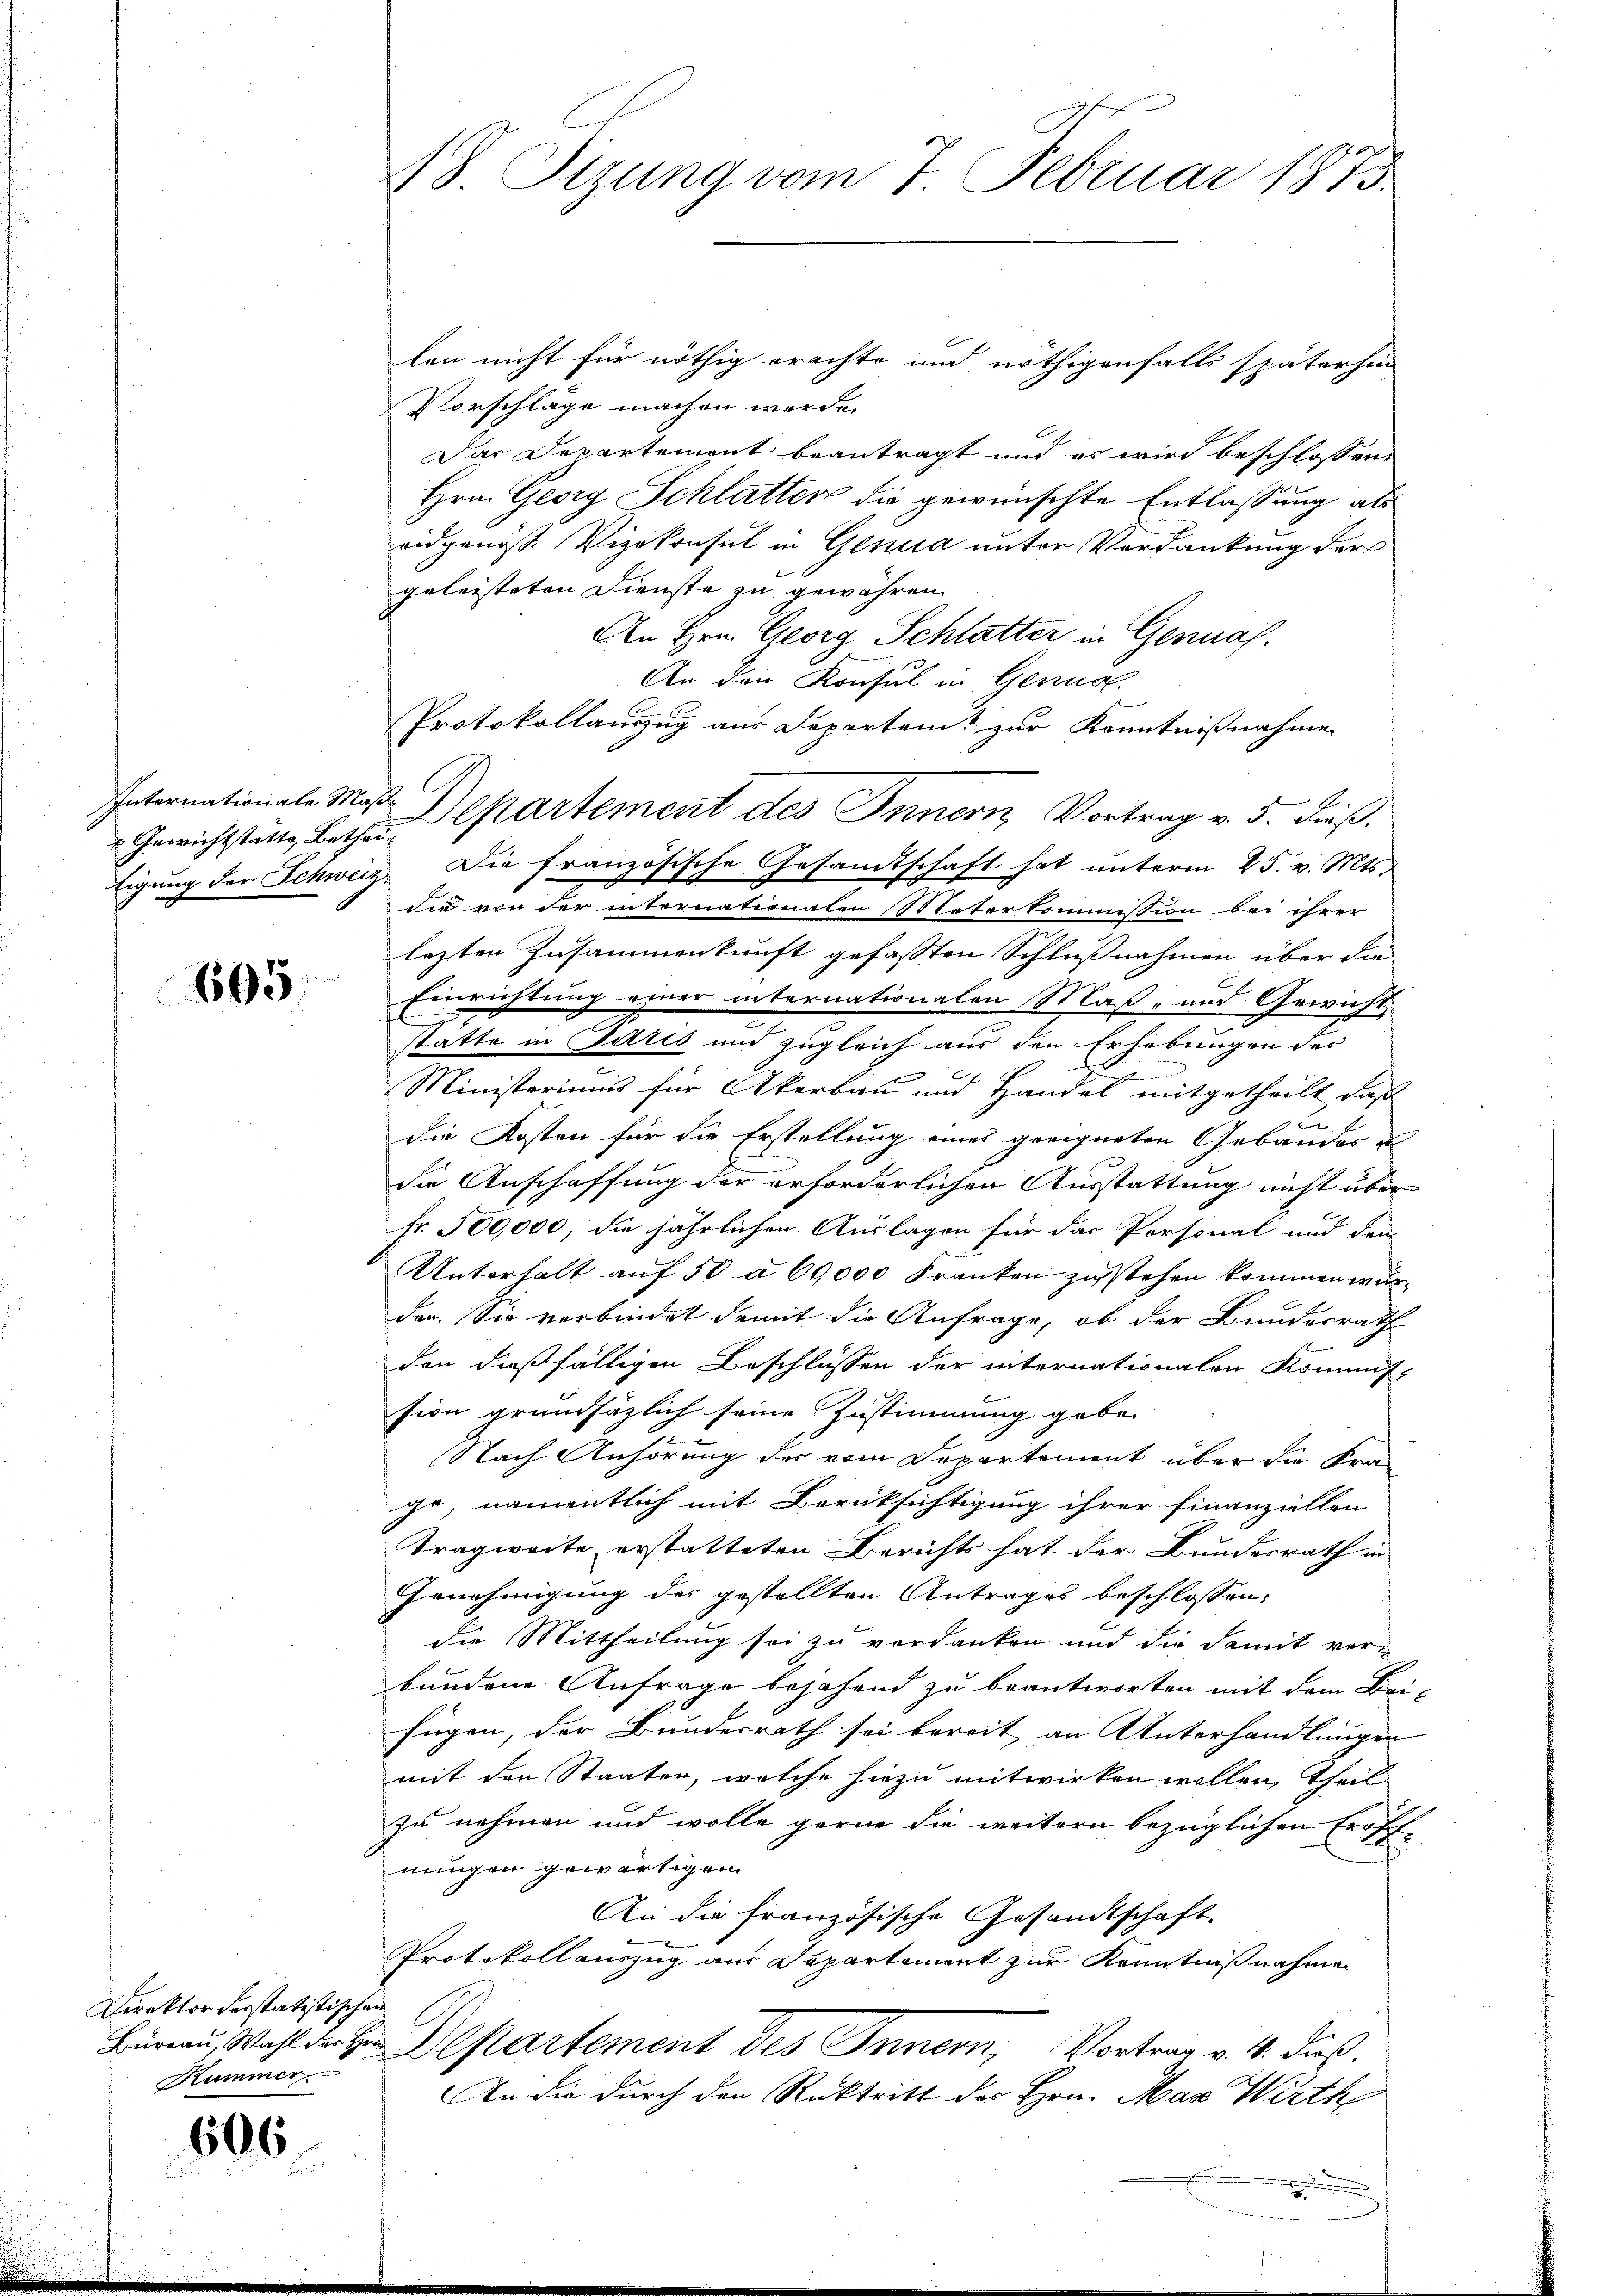
Gewichtstatte Betheil

605

Direktor vorstatistischen
Kummer

606

lan nicht für nöthig erachte und nöthigenfalls späterhin
Vorschläge machen werde.
Das Departement beantragt und es wird beschlossen
Hrn. Georg Schlatten die gewünschte Entlassung als
ridgenöss. Vizekonsul in Genua unter Verdankung der
geleisteten Dienste zu gewähren.
An Hrn. Georg Schlatter in Gennah
An den Konsul in Genus.
Protokollanzug aus Departamt zur Kenntnißnahme
E
Internationale Maß Departement des Innern, Vortrag v. 3. dieß.
Eigung der Schweiz. Die französische Gesamtschaft hat unterm 25. v. Mts.
Sie von der internationalen Meterkommission bei ihrer
lezten Zusammenkunft gefassten Schlußnahmen über die
Einrichtung einer internationalen Maß- und Gewicht
statte in Satis und zugleich aus den Erhebungen des
A
.
Ministeriums für Akerbau und Handel mitgetheilt, daß
die Kosten für die Erstellung eines geeigneten Gebäudes u
die Anschaffung der erforderlichen Ausstattung nicht über
Fr. 500,000, die jährlichen Auslagen für das Personal und den
Unterhalt auf 50 à 60,000 Franken zustehen kommen wurden. Sie verbindet damit die Anfrage, ob der Bundesrath
den dießfälligen Beschlüssen der internationalen Kommis-
sion grundsätzlich seine Zustimmung geben
Nach Anhörung des vom Departement über die Kra
ie, namentlich mit Berüksichtigung ihrer finanziellen
Tragweite erstatteten Berichts hat der Bundesrath in
Genehmigung des gestellten Antrages beschlossen,
die Mittheilung sei zu verdanken und die damit ver-
bundene Anfrage bejahend zu beantworten mit dem Bei-
fügen, der Bundesrath sei bereit an Unterhandlungen
mit den Staaten, welche hiezu mitwirken wollen, theil
zu nehmen und wolle gerne die weitern bezüglichen Eröff-
nungen gewärtigen.
An die französische Gesandtschaft
Protokoll auszug aus Departement zur Kenntnißnahme
Büreau, Wahl an Hr. Departement des Innern, Vortrag v. 1. dieß.
An die durch den Rücktritt des Hrn. Max Wirth
.

1S. Tizung vom 7. Februar 1873.